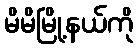
မိမိမြို့နယ်ကို